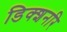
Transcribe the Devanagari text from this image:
डिक्शनरि